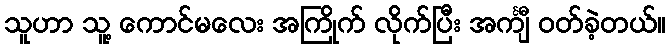
သူဟာ သူ့ ကောင်မလေး အကြိုက် လိုက်ပြီး အင်္ကျီ ဝတ်ခဲ့တယ်။